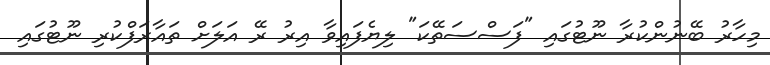
މިހާރު ބޭނުންކުރާ ނޫޓުގައި "ފަސްސަތޭކަ" ލިޔެފައިވާ އިރު ރޭ އަލަށް ތައާރަފްކުރި ނޫޓުގައި